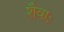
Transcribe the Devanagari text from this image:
शैवाः